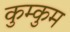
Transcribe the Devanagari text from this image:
कुम्कुम